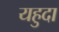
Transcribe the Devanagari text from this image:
यहुदा